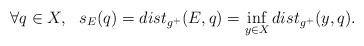
LaTeX: \begin{align*} \forall q\in X,\ \ s_E(q)=dist_{g^+}(E,q)=\inf\limits_{y\in X}dist_{g^+}(y,q).\end{align*}